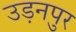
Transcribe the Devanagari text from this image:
उड़नपुर